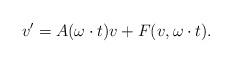
LaTeX: \begin{align*}v'=A(\omega\cdot t)v+F(v,\omega\cdot t).\end{align*}